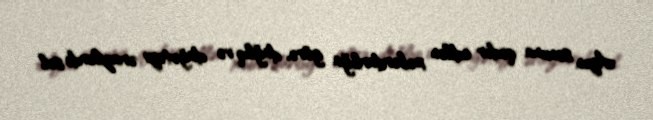
Ayın sonuna qədər edilən xəbərdarlığa görə, dağlıq və dağətəyi ərazilərdə sel